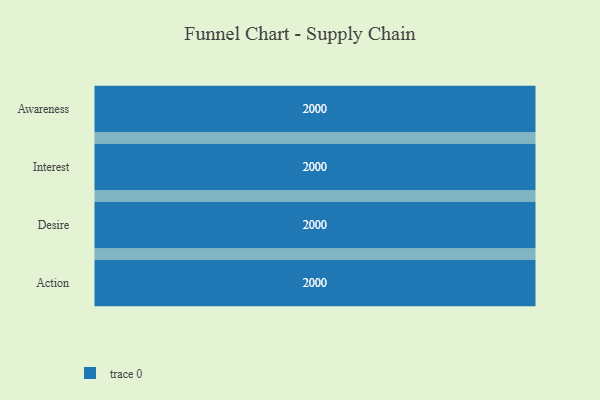
{"axis": {"x": "Stage", "y": "Value"}, "legend": [""], "data": [{"x": "Awareness", "y": 2000, "type": ""}, {"x": "Interest", "y": 2000, "type": ""}, {"x": "Desire", "y": 2000, "type": ""}, {"x": "Action", "y": 2000, "type": ""}]}